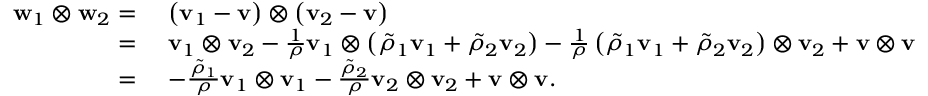
\begin{array} { r l } { \mathbf { w } _ { 1 } \otimes \mathbf { w } _ { 2 } = } & { ~ \left( \mathbf { v } _ { 1 } - \mathbf { v } \right) \otimes \left( \mathbf { v } _ { 2 } - \mathbf { v } \right) } \\ { = } & { ~ \mathbf { v } _ { 1 } \otimes \mathbf { v } _ { 2 } - \frac { 1 } { \rho } \mathbf { v } _ { 1 } \otimes \left( \tilde { \rho } _ { 1 } \mathbf { v } _ { 1 } + \tilde { \rho } _ { 2 } \mathbf { v } _ { 2 } \right) - \frac { 1 } { \rho } \left( \tilde { \rho } _ { 1 } \mathbf { v } _ { 1 } + \tilde { \rho } _ { 2 } \mathbf { v } _ { 2 } \right) \otimes \mathbf { v } _ { 2 } + \mathbf { v } \otimes \mathbf { v } } \\ { = } & { ~ - \frac { \tilde { \rho } _ { 1 } } { \rho } \mathbf { v } _ { 1 } \otimes \mathbf { v } _ { 1 } - \frac { \tilde { \rho } _ { 2 } } { \rho } \mathbf { v } _ { 2 } \otimes \mathbf { v } _ { 2 } + \mathbf { v } \otimes \mathbf { v } . } \end{array}